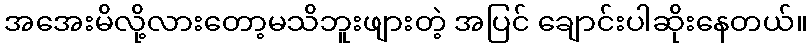
အအေးမိလို့လားတော့မသိဘူးဖျားတဲ့ အပြင် ချောင်းပါဆိုးနေတယ်။